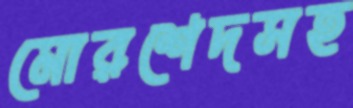
মোরশেদসহ